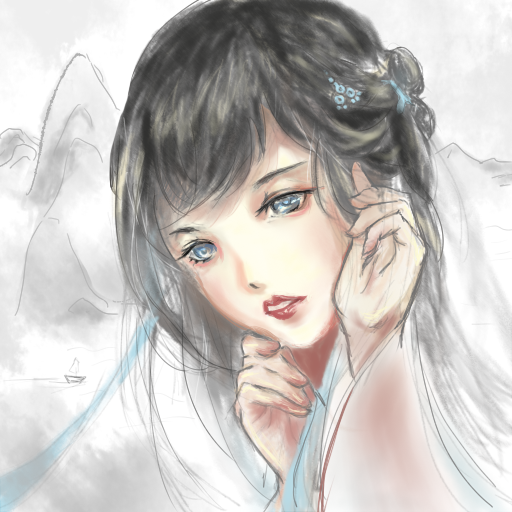
笛中闻折柳，春色未曾看。